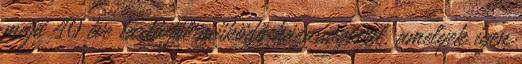
majd 40 éve tartó jól működő házasságával, amelyek igen